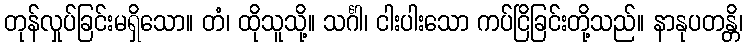
တုန်လှုပ်ခြင်းမရှိသော။ တံ၊ ထိုသူသို့။ သင်္ဂါ၊ ငါးပါးသော ကပ်ငြိခြင်းတို့သည်။ နာနုပတန္တိ၊